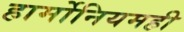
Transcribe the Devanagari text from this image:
हार्मोनियमही